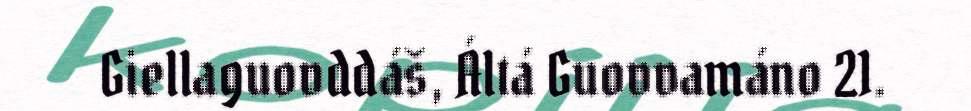
Giellaguovddáš, Áltá Guovvamáno 21.